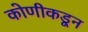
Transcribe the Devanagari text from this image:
कोणीकडून